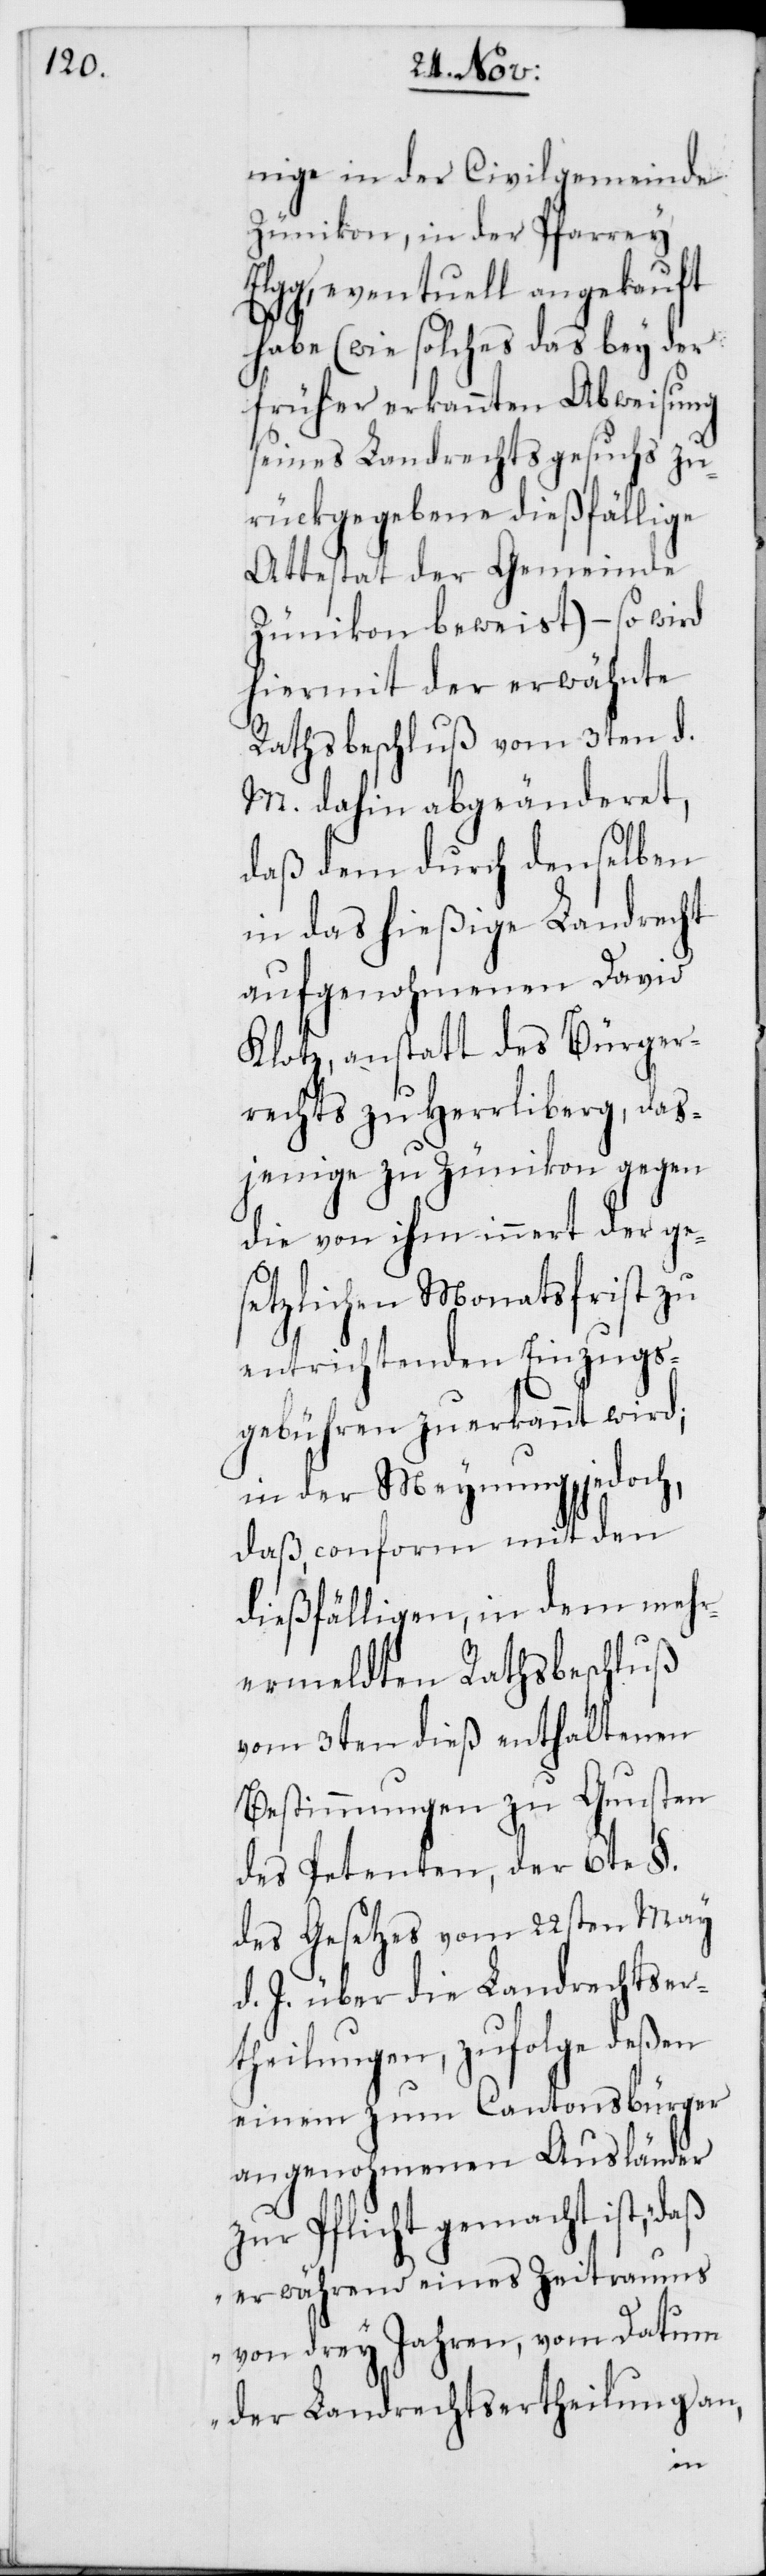
nige in der Civilgemeinde
Zünikon, in der Pfarrey
Elgg, eventuell angekauft
habe (wie solches das bey der
früher erkannten Abweisung
seines Landrechtsgesuchs zu¬
rückgegebene dießfällige
Attestat der Gemeinde
Zünikon beweist) – so wird
hiermit der erwähnte
Rathsbeschluß vom 3ten d.
M. dahin abgeänderet,
daß dem durch denselben
in das hießige Landrecht
aufgenohmenen David
Klotz, anstatt des Bürger¬
rechts zu Herrliberg, das¬
jenige zu Zünikon gegen
die von ihm innert der ge¬
setzlichen Monatsfrist zu
entrichtenden Einzugs¬
gebühren zuerkannt wird;
in der Meynung jedoch,
daß, conform mit den
dießfälligen, in dem mehr¬
ermeldten Rathsbeschluß
vom 3ten dieß enthaltenen
Bestimmungen zu Gunsten
des Petenten, der 6te §.
des Gesetzes vom 22sten May
d. J. über die Landrechtser¬
theilungen, zufolge deßen
einem zum Cantonsbürger
angenohmenen Ausländer
zur Pflicht gemacht ist, „daß
er während eines Zeitraums
von drey Jahren, vom Datum
der Landrechtsertheilung an,